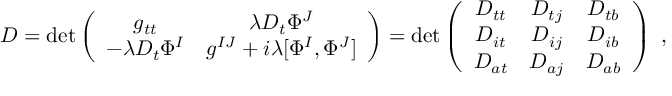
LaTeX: D = \operatorname * { d e t } \left( \begin{array} { c c } { { g _ { t t } } } & { { \lambda D _ { t } \Phi ^ { J } \nonumber } } \\ { { - \lambda D _ { t } \Phi ^ { I } } } & { { g ^ { I J } + i \lambda [ \Phi ^ { I } , \Phi ^ { J } ] \nonumber } } \end{array} \right) = \operatorname * { d e t } \left( \begin{array} { c c c } { { D _ { t t } } } & { { D _ { t j } } } & { { D _ { t b } } } \\ { { D _ { i t } } } & { { D _ { i j } } } & { { D _ { i b } } } \\ { { D _ { a t } } } & { { D _ { a j } } } & { { D _ { a b } } } \end{array} \right) \ ,